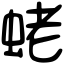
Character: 蛯